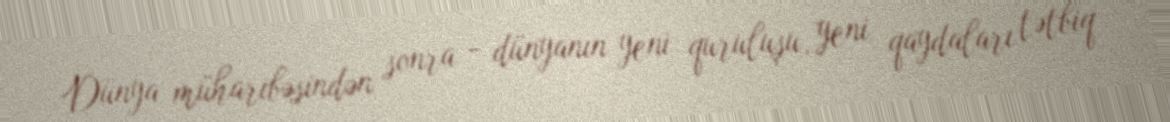
Dünya müharibəsindən sonra - dünyanın yeni quruluşu, yeni qaydaları tətbiq